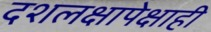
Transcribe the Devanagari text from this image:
दशलक्षापेक्षाही